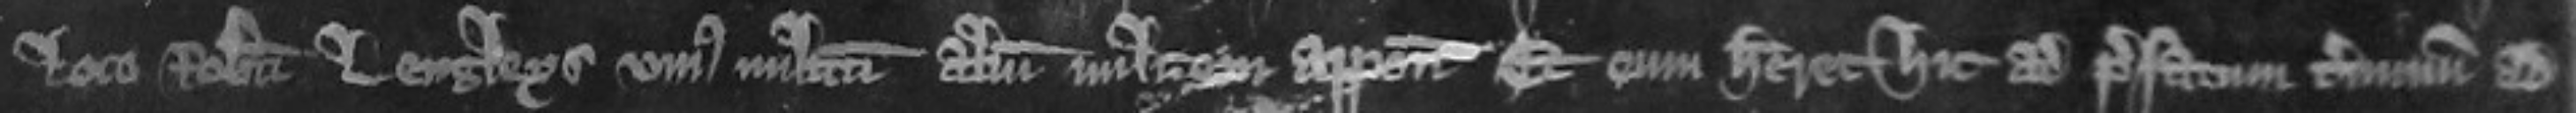
loco Roberti Lengleys unius militum alium militem apponeret et eum haberet hic ad prefatum terminum ad